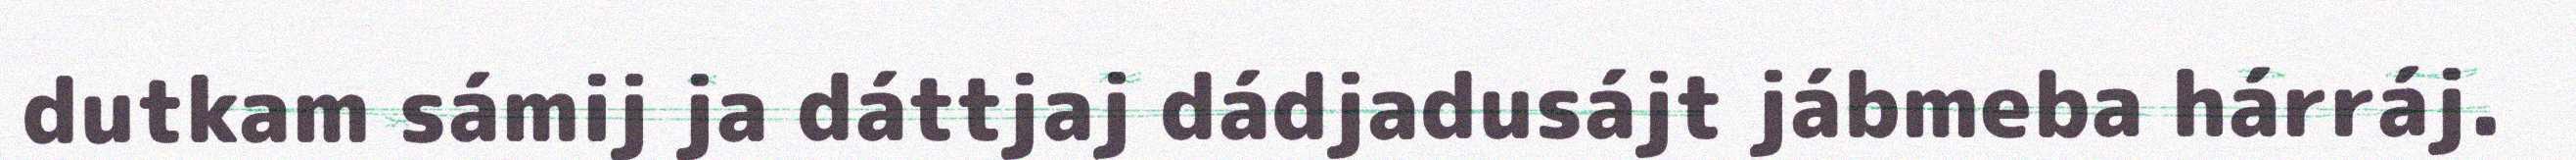
dutkam sámij ja dáttjaj dádjadusájt jábmeba hárráj.